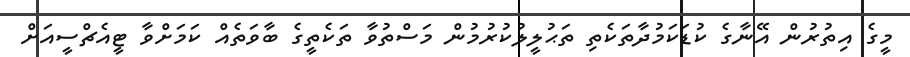
މީގެ އިތުރުން އޭނާގެ ކުޑަކަމުދާތަކެތި ތަޙުލީލުކުރުމުން މަސްތުވާ ތަކެތީގެ ބާވަތެއް ކަމަށްވާ ޓީއެޗްސީއަށް